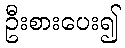
ဦးစားပေး၍